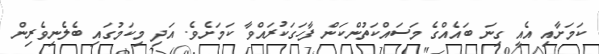
ކަމަށާއި އެއީ ގިނަ ބައެއްގެ މަސައްކަތުންކަން ފާހަގަކުރައްވާ ކަމަށެވެ. އަދި މިކަމުގައި ބެލެނިވެރިން